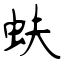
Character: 蚨